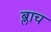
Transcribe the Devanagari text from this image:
ब्लाच